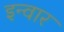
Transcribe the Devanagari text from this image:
इन्वार